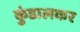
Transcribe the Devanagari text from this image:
कुंडालकर